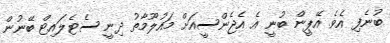
ބުނެފި އެވެ. އޭޕީން ބުނީ އެ އެޖެންސީއަށް މައުލޫމާތު ދިނީ ސެޓެލައިޓް ބޭނުން